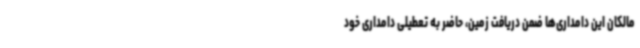
مالکان این دامداری‌ها ضمن دریافت زمین، حاضر به تعطیلی دامداری خود